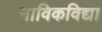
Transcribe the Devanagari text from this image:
नाविकविद्या